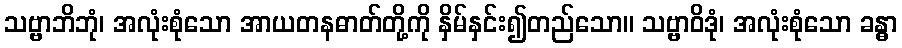
သဗ္ဗာဘိဘုံ၊ အလုံးစုံသော အာယတနဓာတ်တို့ကို နှိမ်နှင်း၍တည်သော။ သဗ္ဗာဝိဒုံ၊ အလုံးစုံသော ခန္ဓာ